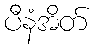
ပီနံအိတ်